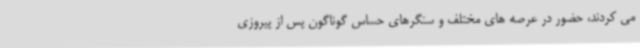
می کردند، حضور در عرصه های مختلف و سنگرهای حساس گوناگون پس از پیروزی